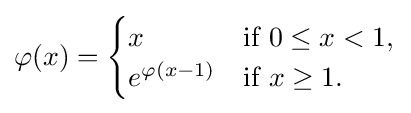
\varphi (x)={\begin{cases}x&{\text{if }}0\leq x<1,\\e^{\varphi (x-1)}&{\text{if }}x\geq 1.\end{cases}}